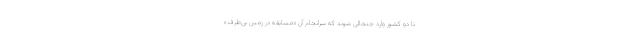
تا دو کشور وارد جنجالی شوند که سرانجام آن «مسابقه در زمین بی‌طرف»